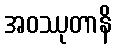
အဝဿုတာနိ